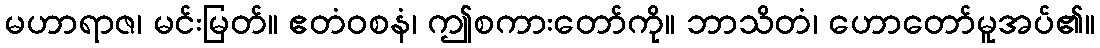
မဟာရာဇ၊ မင်းမြတ်။ ဧတံဝစနံ၊ ဤစကားတော်ကို။ ဘာသိတံ၊ ဟောတော်မူအပ်၏။